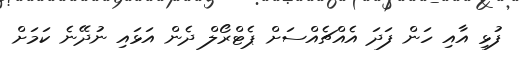
ފުޅި އާއި ހަން ފަދަ އެއްޗެއްސަށް ޕެޓްރޯލް ދެން އަޅައި ނުދޭނެ ކަމަށް